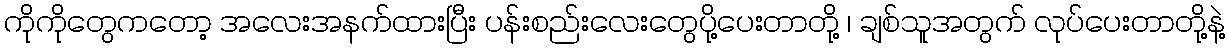
ကိုကိုတွေကတော့ အလေးအနက်ထားပြီး ပန်းစည်းလေးတွေပို့ပေးတာတို့ ၊ ချစ်သူအတွက် လုပ်ပေးတာတို့နဲ့